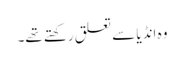
وہ انڈیا سے تعلق رکھتے تھے۔